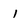
Character: 1